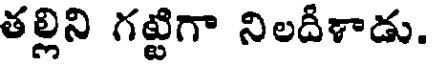
తల్లిని గట్టిగా నిలదీళాడు.